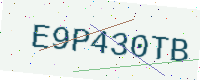
Text: E9P430TB